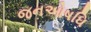
જનઓષધિ